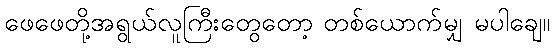
ဖေဖေတို့အရွယ်လူကြီးတွေတော့ တစ်ယောက်မျှ မပါချေ။